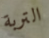
التربة